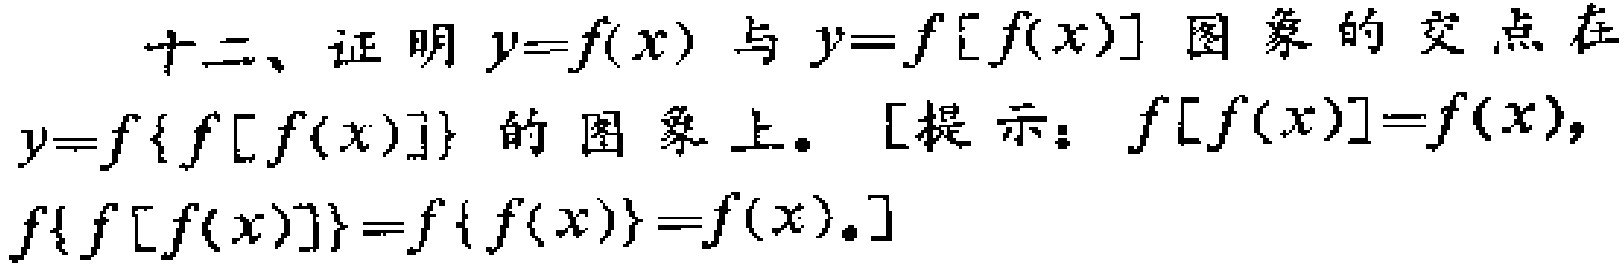
十二、证明 \(y = f(x)\) 与 \(y = f[f(x)]\) 图象的交点在 \(y = f\{f[f(x)]\}\) 的图象上。[提示：\(f[f(x)] = f(x)\)，\(f\{f[f(x)]\} = f\{f(x)\} = f(x)\)。]